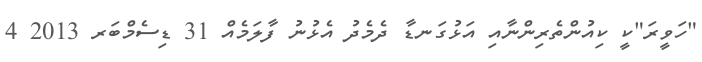
"ހަވީރަ"ކީ ކިއުންތެރިންނާއި އަޅުގަނޑާ ދެމެދު އެޅުނު ފާލަމެއް 31 ޑިސެމްބަރ 2013 4